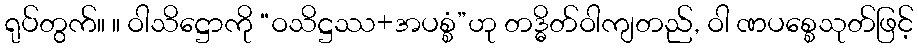
ရုပ်တွက်။ ။ ဝါသိဋ္ဌောကို “ဝသိဋ္ဌဿ+အပစ္စံ”ဟု တဒ္ဓိတ်ဝါကျတည်, ဝါ ဏပစ္စေသုတ်ဖြင့်